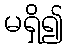
မရှိ၍